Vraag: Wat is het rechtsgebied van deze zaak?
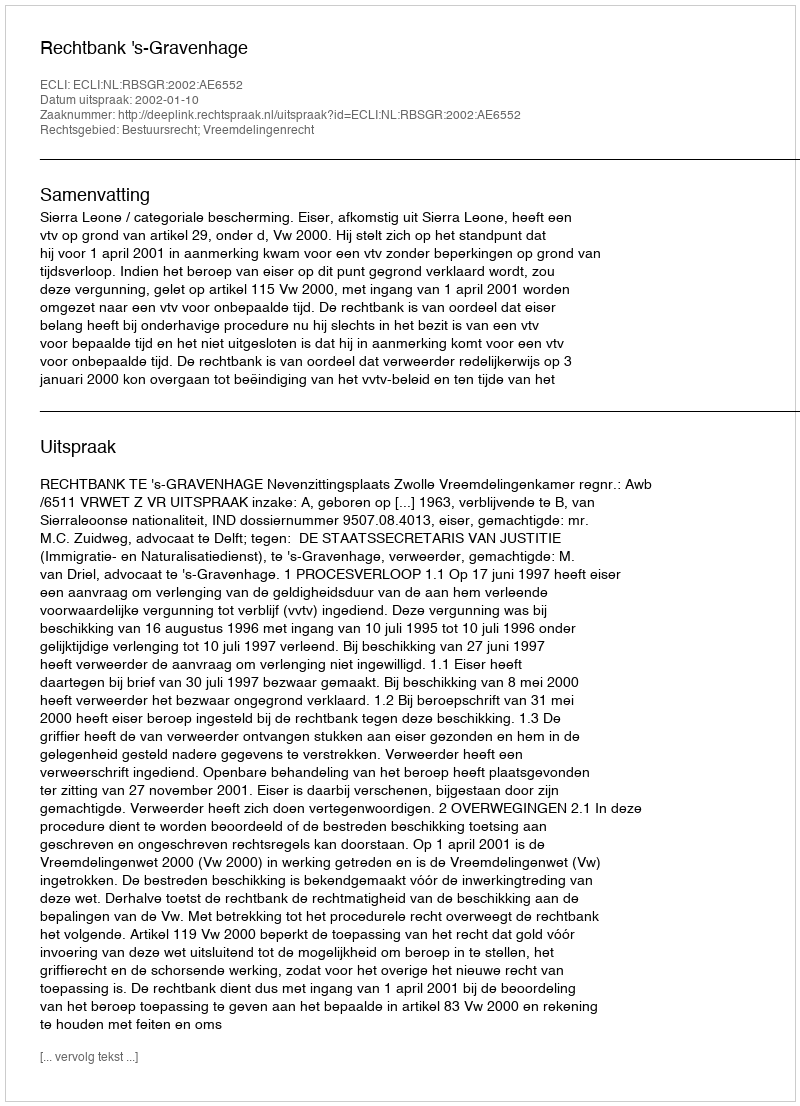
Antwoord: Bestuursrecht; Vreemdelingenrecht